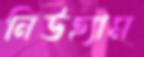
নিউহ্যাম